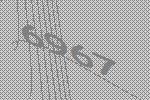
6967